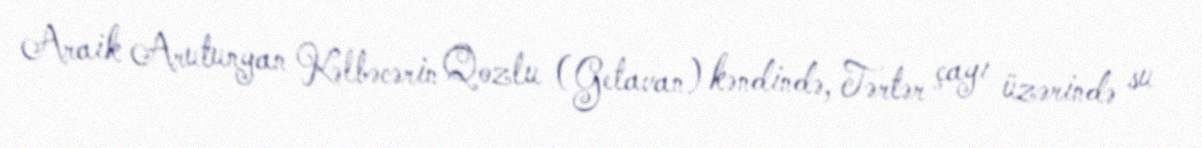
Araik Arutunyan Kəlbəcərin Qozlu (Getavan) kəndində, Tərtər çayı üzərində su